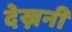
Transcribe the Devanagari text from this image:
देख्ननी